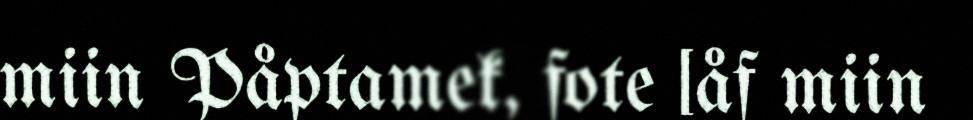
miin Påptamek, fote [åf miin